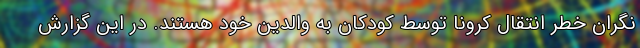
نگران خطر انتقال کرونا توسط کودکان به والدین خود هستند. در این گزارش